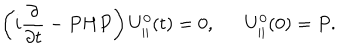
\left( i \frac { \partial } { \partial t } - P H P \right) U _ { | | } ^ { 0 } ( t ) = 0 , \verb + + U _ { | | } ^ { 0 } ( 0 ) = P .